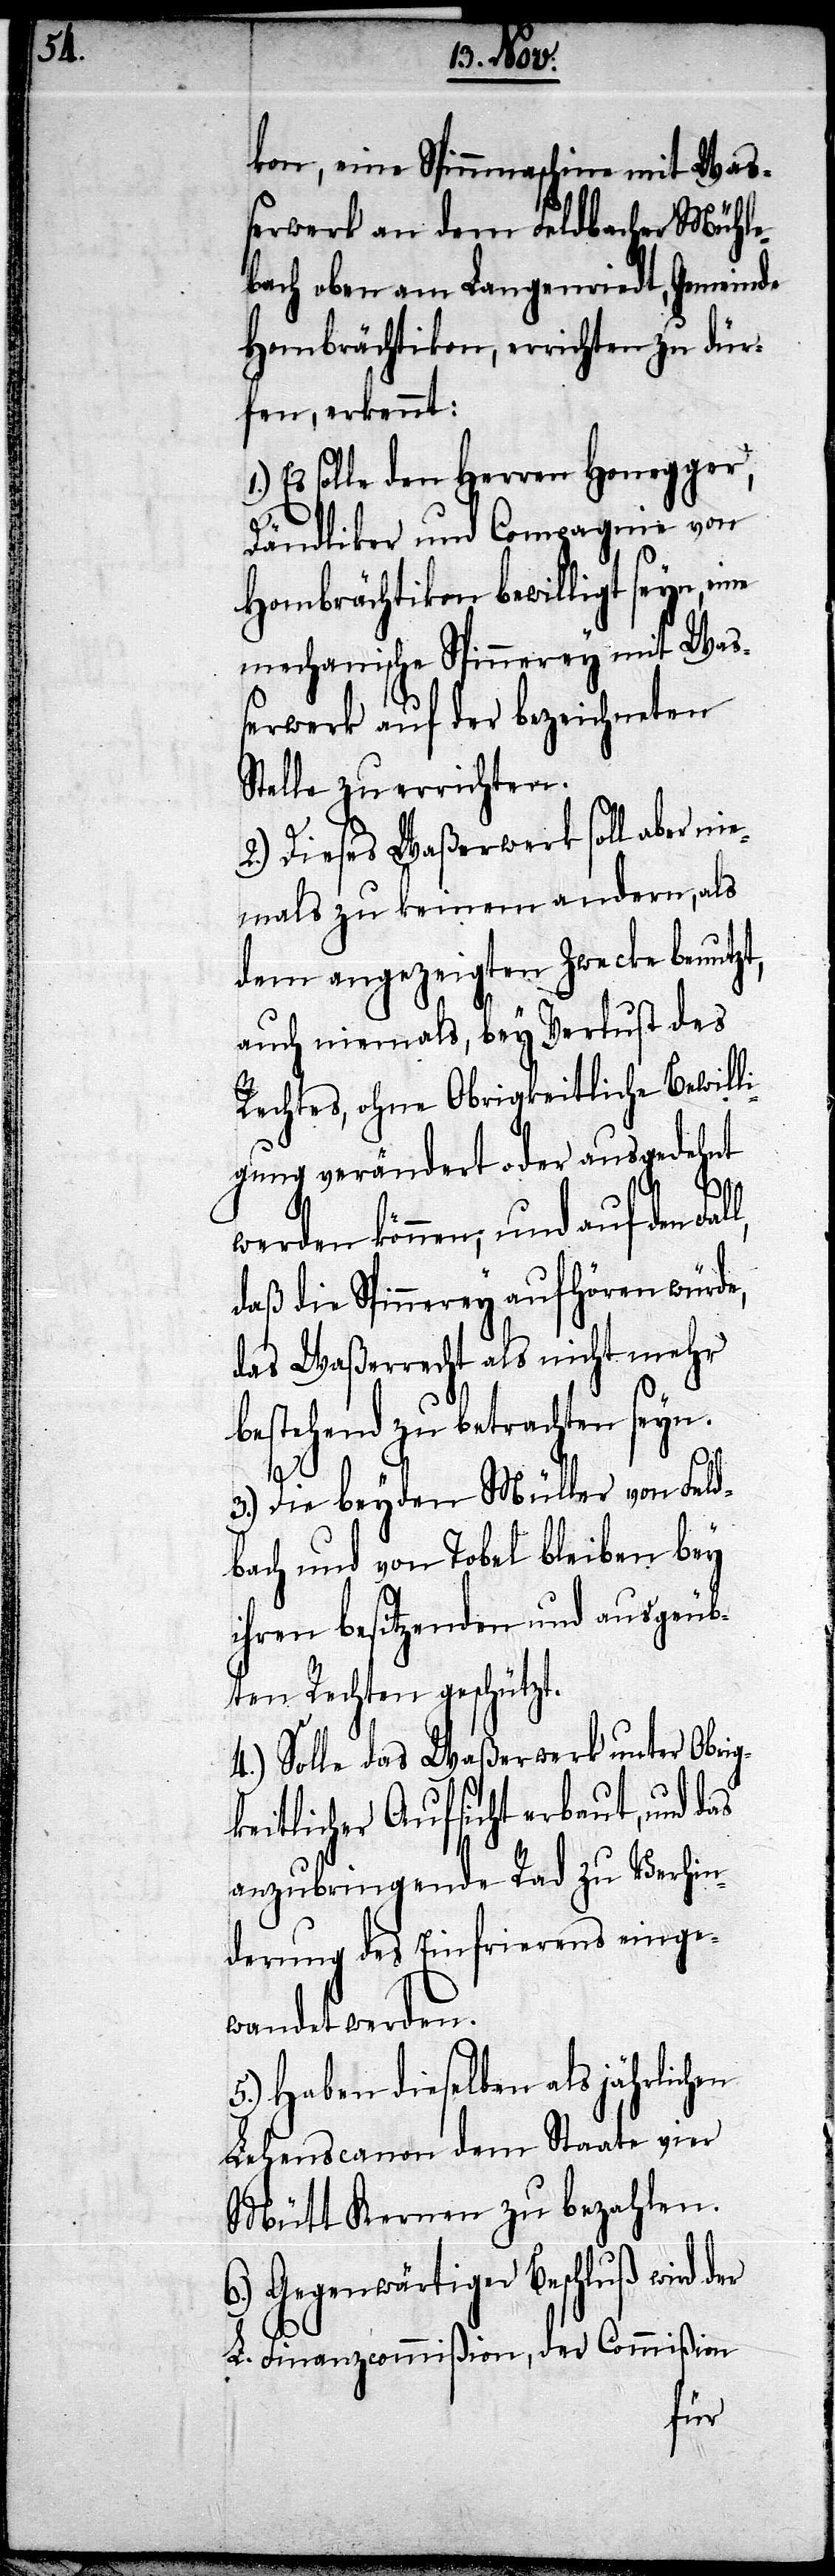
kon, eine Spinnmaschine mit Waß¬
erwerk an dem Feldbacher Mühle¬
bach oben am Langenriedt, Gemeinde
Hombrächtikon, errichten zu dür¬
fen, erkennt:
Es solle den Herrn Honegger,
Dändliker und Compagnie von
Hombrächtikon bewilligt seyn,
mechanische Spinnerey mit Wa¬
ßerwerk auf der bezeichneten
Stelle zu errichten.
2.) Dieses Waßerwerk soll aber nie¬
mals zu keinem andern, als
dem angezeigten Zwecke benutzt,
auch niemals, bey Verlust des
Rechtes, ohne Obrigkeitliche Bewill¬
igung verändert oder ausgedehnt
werden können; und auf den
daß die Spinnerey aufhören würde,
das Waßerwerk als nicht mehr
bestehend zu betrachten seyn.
3.)
Die beyden Müller von Feld¬
bach und von Tobel bleiben bey
ihren besitzenden und ausgeüb¬
ten Rechten geschützt.
4.) Solle das Waßerwerk unter Obrig¬
keitlicher Aufsicht erbaut, und das
anzubringende Rad zu Verhin¬
derung des Einfrierens einge¬
wandet werden.
5.) Haben dieselben als jährlichen
Lehenscanon dem Staate vier
Mütt Kernen zu bezahlen.
6.) Gegenwärtiger Beschluß wird der
L. Finanzcommißion, der Commißion